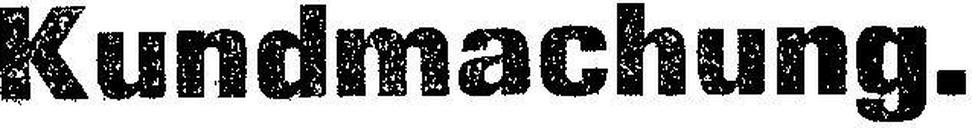
Kundmachung.